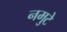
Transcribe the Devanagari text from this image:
नमुटे